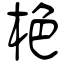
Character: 栬